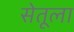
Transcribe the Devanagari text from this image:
सेतूला